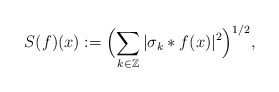
\begin{align*}S(f)(x) := \Bigl(\sum_{k\in {\mathbb Z}} |\sigma_k*f(x)|^2 \Bigr)^{1/2},\end{align*}